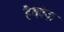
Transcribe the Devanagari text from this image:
हैथवेज़